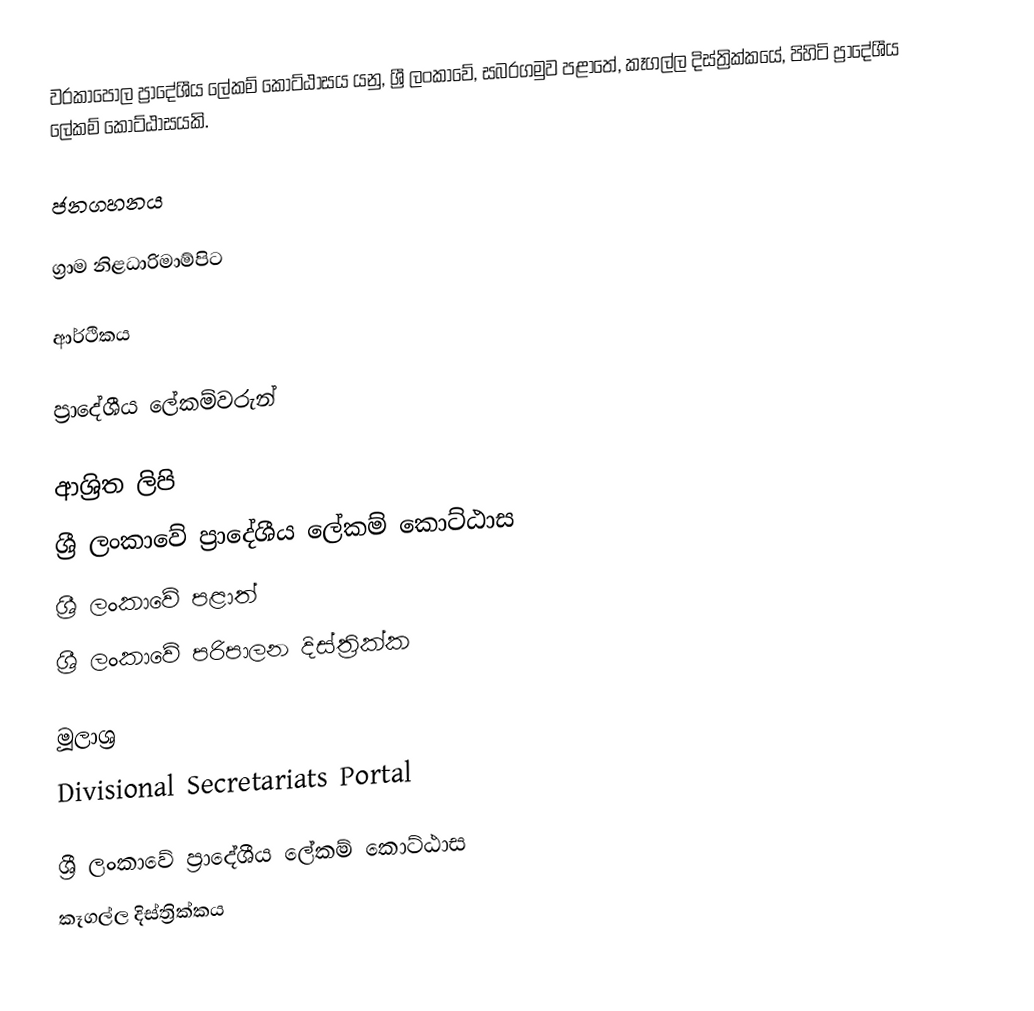
වරකාපොල ප්‍රාදේශීය ලේකම් කොට්ඨාසය යනු,  ශ්‍රී ලංකාවේ, සබරගමුව පළාතේ,   කෑගල්ල දිස්ත්‍රික්කයේ, පිහිටි ප්‍රාදේශීය ලේකම් කොට්ඨාසයකි.

ජනගහනය

ග්‍රාම නිළධාරිමාම්පිට

ආර්ථිකය

ප්‍රාදේශීය ලේකම්වරුන්

ආශ්‍රිත ලිපි
ශ්‍රී ලංකාවේ ප්‍රාදේශීය ලේකම් කොට්ඨාස
ශ්‍රී ලංකාවේ පළාත්
ශ්‍රී ලංකාවේ පරිපාලන දිස්ත්‍රික්ක

මූලාශ්‍ර
 Divisional Secretariats Portal

ශ්‍රී ලංකාවේ ප්‍රාදේශීය ලේකම් කොට්ඨාස
කෑගල්ල දිස්ත්‍රික්කය